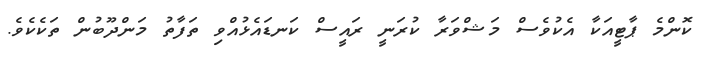
ކޮންމެ ޕާޓީއަކާ އެކުވެސް މަޝްވަރާ ކުރަނީ ރައީސް ކަނޑައެޅުއްވި ތަފާތު މަންދޫބުން ތަކެކެވެ.